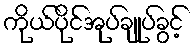
ကိုယ်ပိုင်အုပ်ချုပ်ခွင့်